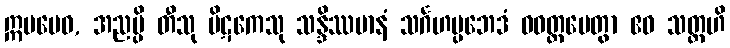
ဣမမေဝ, အညမ္ပိ တီသု ပိဋကေသု သန္ဒိဿမာနံ သင်္ဂဟပ္ပဘေဒံ ဝဝတ္ထပေတွာ ဧဝ သတ္တဟိ